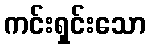
ကင်းရှင်းသော